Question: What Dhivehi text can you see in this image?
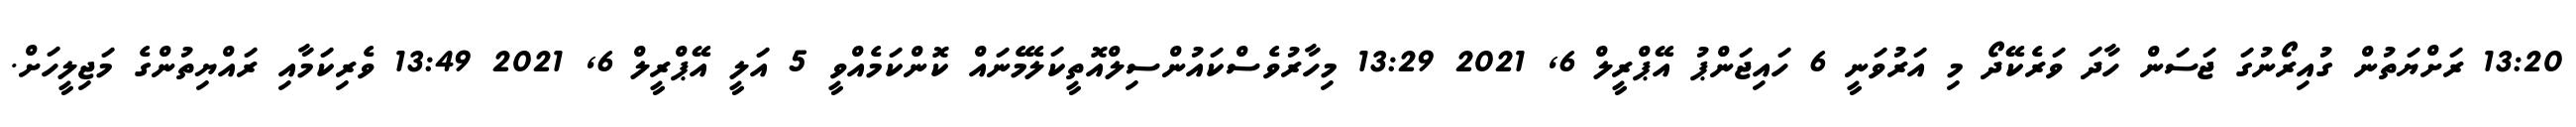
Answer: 13:20 ރަށްޔަތުން ގުއިރޯނުގަ ޖަސަން ހާދަ ވަރެކޭދޯ މި އަރުވަނީ 6 ހައިޖަންޕު އޭޕްރީލް 6, 2021 13:29 މިހާރުވެސްކައުންސިލްއޮތީކަލޭމެނައް ކޮންކަމެއްވީ 5 އަލީ އޭޕްރީލް 6, 2021 13:49 ވެރިކަމާއި ރައްޔިތުންގެ މަޖިލީހަށް.